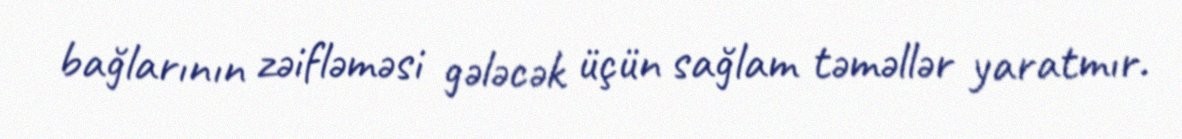
bağlarının zəifləməsi gələcək üçün sağlam təməllər yaratmır.